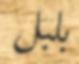
بلبل